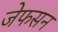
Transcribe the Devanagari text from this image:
जेफसन